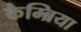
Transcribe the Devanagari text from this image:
कैम्ब्रिया